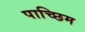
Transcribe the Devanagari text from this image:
पाच्छिम